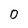
Character: 0